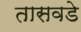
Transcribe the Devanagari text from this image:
तासवडे